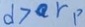
d > a r p